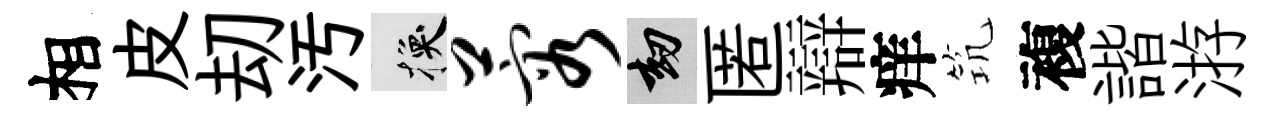
相皮刧汚换蓉劫匿辯痒𥬑複諧㳺